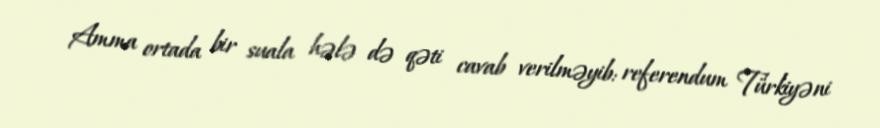
Amma ortada bir suala hələ də qəti cavab verilməyib: referendum Türkiyəni